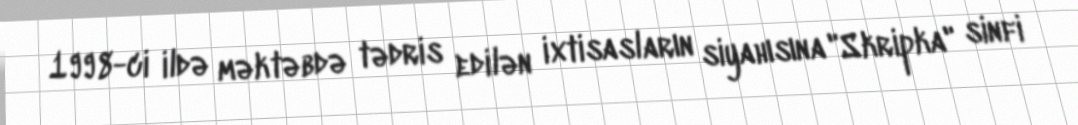
1998-ci ildə məktəbdə tədris edilən ixtisasların siyahısına "Skripka" sinfi